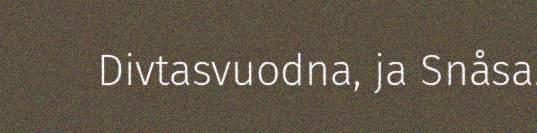
Divtasvuodna, ja Snåsa.